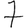
Digit: 7